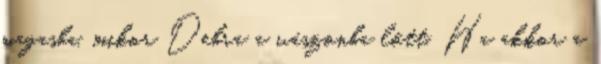
magasba, mikor Debra a vászonba lőtt. Ha akkor a